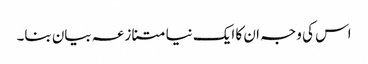
اس کی وجہ ان کا ایک نیا متنازعہ بیان بنا۔